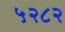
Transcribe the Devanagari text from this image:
५२८२